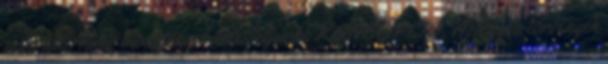
mint alternatív büntetés a büntetőeljárás KONCEPCIÓ. Az egyes törvények